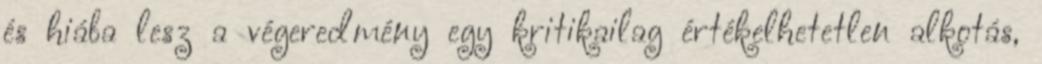
és hiába lesz a végeredmény egy kritikailag értékelhetetlen alkotás,